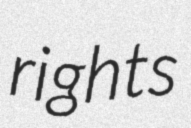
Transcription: rights